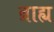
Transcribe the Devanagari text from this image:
ब्राह्य